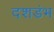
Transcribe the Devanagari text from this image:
दशडंभ